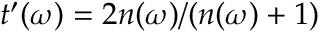
t ^ { \prime } ( \omega ) = 2 n ( \omega ) / ( n ( \omega ) + 1 )